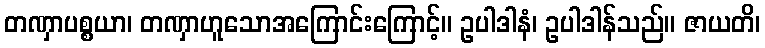
တဏှာပစ္စယာ၊ တဏှာဟူသောအကြောင်းကြောင့်။ ဥပါဒါနံ၊ ဥပါဒါန်သည်။ ဇာယတိ၊